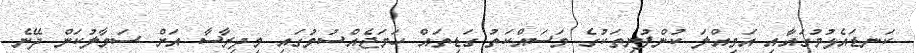
ކަނޑައެޅުމުގައާއި އަމިއްލަ ކުންފުނިތަކުގެ މަސައްކަތު ގަޑިތައް ހަމަޖެއްސުމުގައި މިދިރާސާ އަށް ސަމާލުކަން ދޭނެ